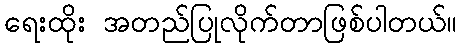
ရေးထိုး အတည်ပြုလိုက်တာဖြစ်ပါတယ်။